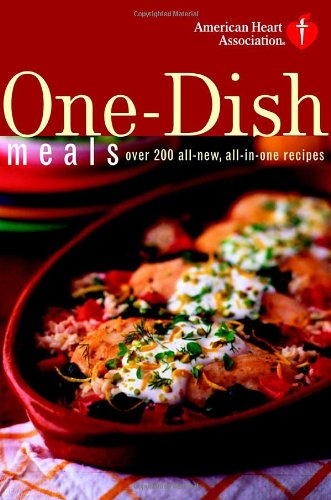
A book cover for American Heart Association One-Dish Meals: Over 200 All-New, All-in-One Recipes; American Heart Association; Cookbooks, Food & Wine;